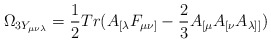
\begin{align*}\Omega_{3Y_{\mu\nu\lambda}}=\frac{1}{2}Tr(A_{[\lambda}F_{\mu\nu]}-\frac{2}{3}A_{[\mu}A_{[\nu}A_{\lambda]]})\end{align*}